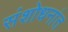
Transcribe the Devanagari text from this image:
संशोधनांत